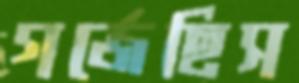
গর্‌জেছিস